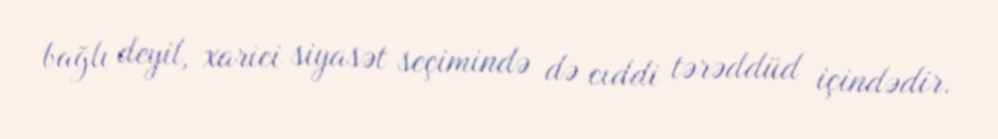
bağlı deyil, xarici siyasət seçimində də ciddi tərəddüd içindədir.